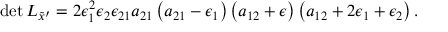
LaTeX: \operatorname * { d e t } { \cal L } _ { { \tilde { x } } ^ { \prime } } = 2 \epsilon _ { 1 } ^ { 2 } \epsilon _ { 2 } \epsilon _ { 2 1 } a _ { 2 1 } \left( a _ { 2 1 } - \epsilon _ { 1 } \right) \left( a _ { 1 2 } + \epsilon \right) \left( a _ { 1 2 } + 2 \epsilon _ { 1 } + \epsilon _ { 2 } \right) .